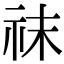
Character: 𥘯